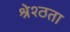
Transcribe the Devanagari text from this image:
श्रेश्ठता